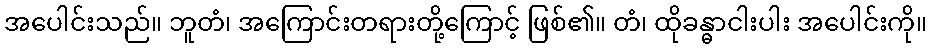
အပေါင်းသည်။ ဘူတံ၊ အကြောင်းတရားတို့ကြောင့် ဖြစ်၏။ တံ၊ ထိုခန္ဓာငါးပါး အပေါင်းကို။